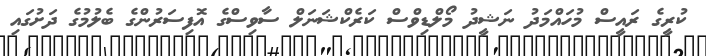
ކުރީގެ ރައީސް މުހައްމަދު ނަޝީދު މޯލްޑިވްސް ކަރެކްޝަނަލް ސާވިސްގެ އޮފިސަރުންގެ ބެލުމުގެ ދަށުގައި